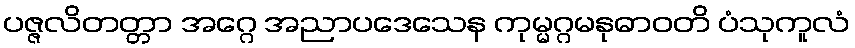
ပဇ္ဇလိတတ္တာ အဂ္ဂေ အညာပဒေသေန ကုမ္မဂ္ဂမနုဓာဝတိ ပံသုကူလံ